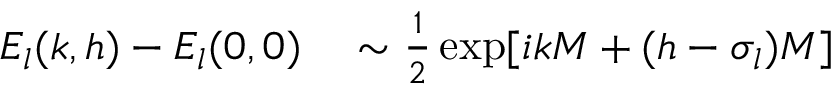
\begin{array} { r l } { E _ { l } ( k , h ) - E _ { l } ( 0 , 0 ) } & { { } \sim \frac { 1 } { 2 } \exp [ i k M + ( h - \sigma _ { l } ) M ] } \end{array}